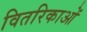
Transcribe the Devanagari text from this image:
वितरिकाओं